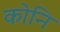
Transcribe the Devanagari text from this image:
कोनि